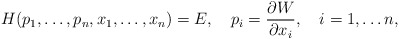
\begin{align*}H(p_1,\ldots,p_n,x_1,\ldots,x_n)=E,\quad p_i={\partial W\over \partial x_i},\quad i=1,\ldots n,\end{align*}